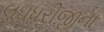
લઘધરીજીના